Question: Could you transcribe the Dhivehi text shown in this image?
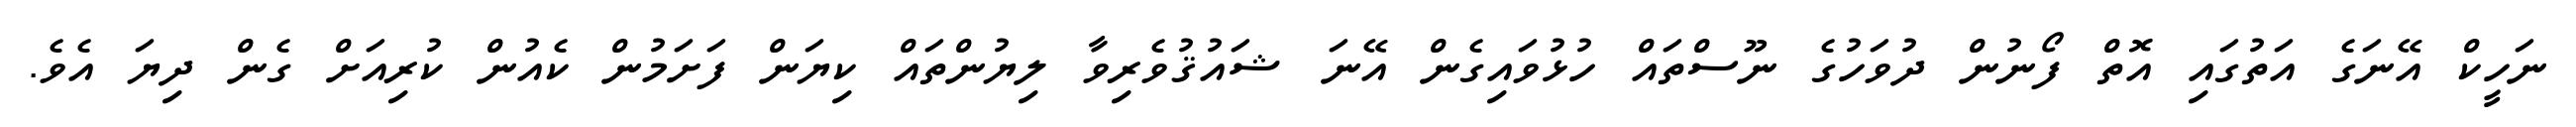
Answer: ނަހީކް އޭނަގެ އަތުގައި އޮތް ފޯނުން ދުވަހުގެ ނޫސްތައް ހުޅުވައިގެން އޭނަ ޝައުޤުވެރިވާ ލިޔުންތައް ކިޔަން ފަށަމުން ކެއުން ކުރިއަށް ގެން ދިޔަ އެވެ.